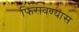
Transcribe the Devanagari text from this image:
फिरावण्यास